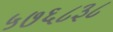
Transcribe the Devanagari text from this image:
५७६८३८